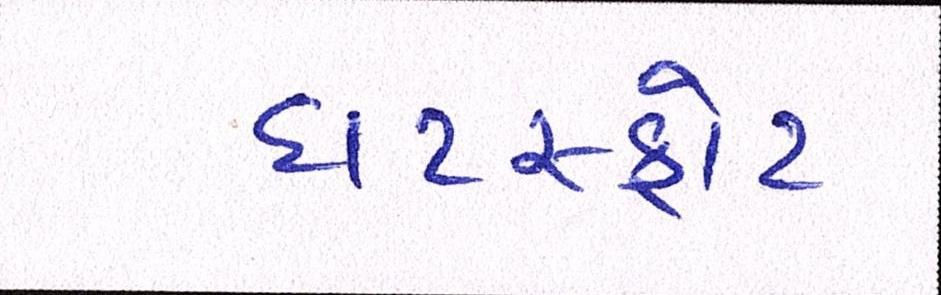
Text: ઘટસ્ફોટ